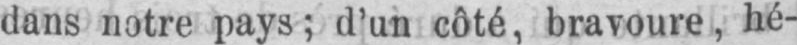
dans notre pays; d’un côté, bravoure, hé-